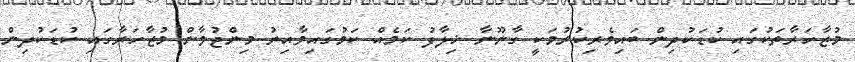
މުޒާހަރާތަކުގައި ކުޑަކުދިން ބައިވެރިކުރުމަކީ ގާނޫނާ ޚިލާފު ކަމެއް ކަމުގައިވާއިރު މިންޖުވާން މުޒާހަރާގައި ކުޑަކުދިން